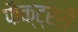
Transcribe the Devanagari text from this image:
फैक्ट्ररी